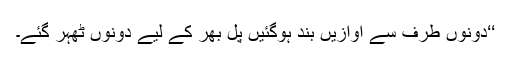
‘‘دونوں طرف سے آوازیں بند ہوگئیں پل بھر کے لیے دونوں ٹھہر گئے۔